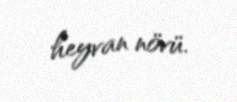
heyvan növü.